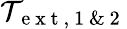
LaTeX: \mathcal{T}_{\mathrm{~e~x~t~,~1~\& ~2~}}